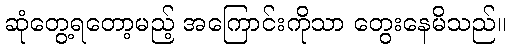
ဆုံတွေ့ရတော့မည့် အကြောင်းကိုသာ တွေးနေမိသည်။